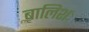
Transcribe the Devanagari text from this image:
बालिशः